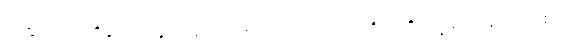
တထူပမော၊ ထိုနွားလားနှင့်တူသော။ အယံပုဂ္ဂလော၊ ဤပုဂ္ဂိုလ်ကို။ ဒဋ္ဌဗ္ဗော၊ မှတ်အပ်၏။